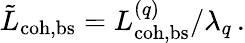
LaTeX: \tilde{L}_{\mathrm{coh,bs}}=L_{\mathrm{coh,bs}}^{(q)}/\lambda_{q}\, .